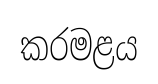
කරමළය